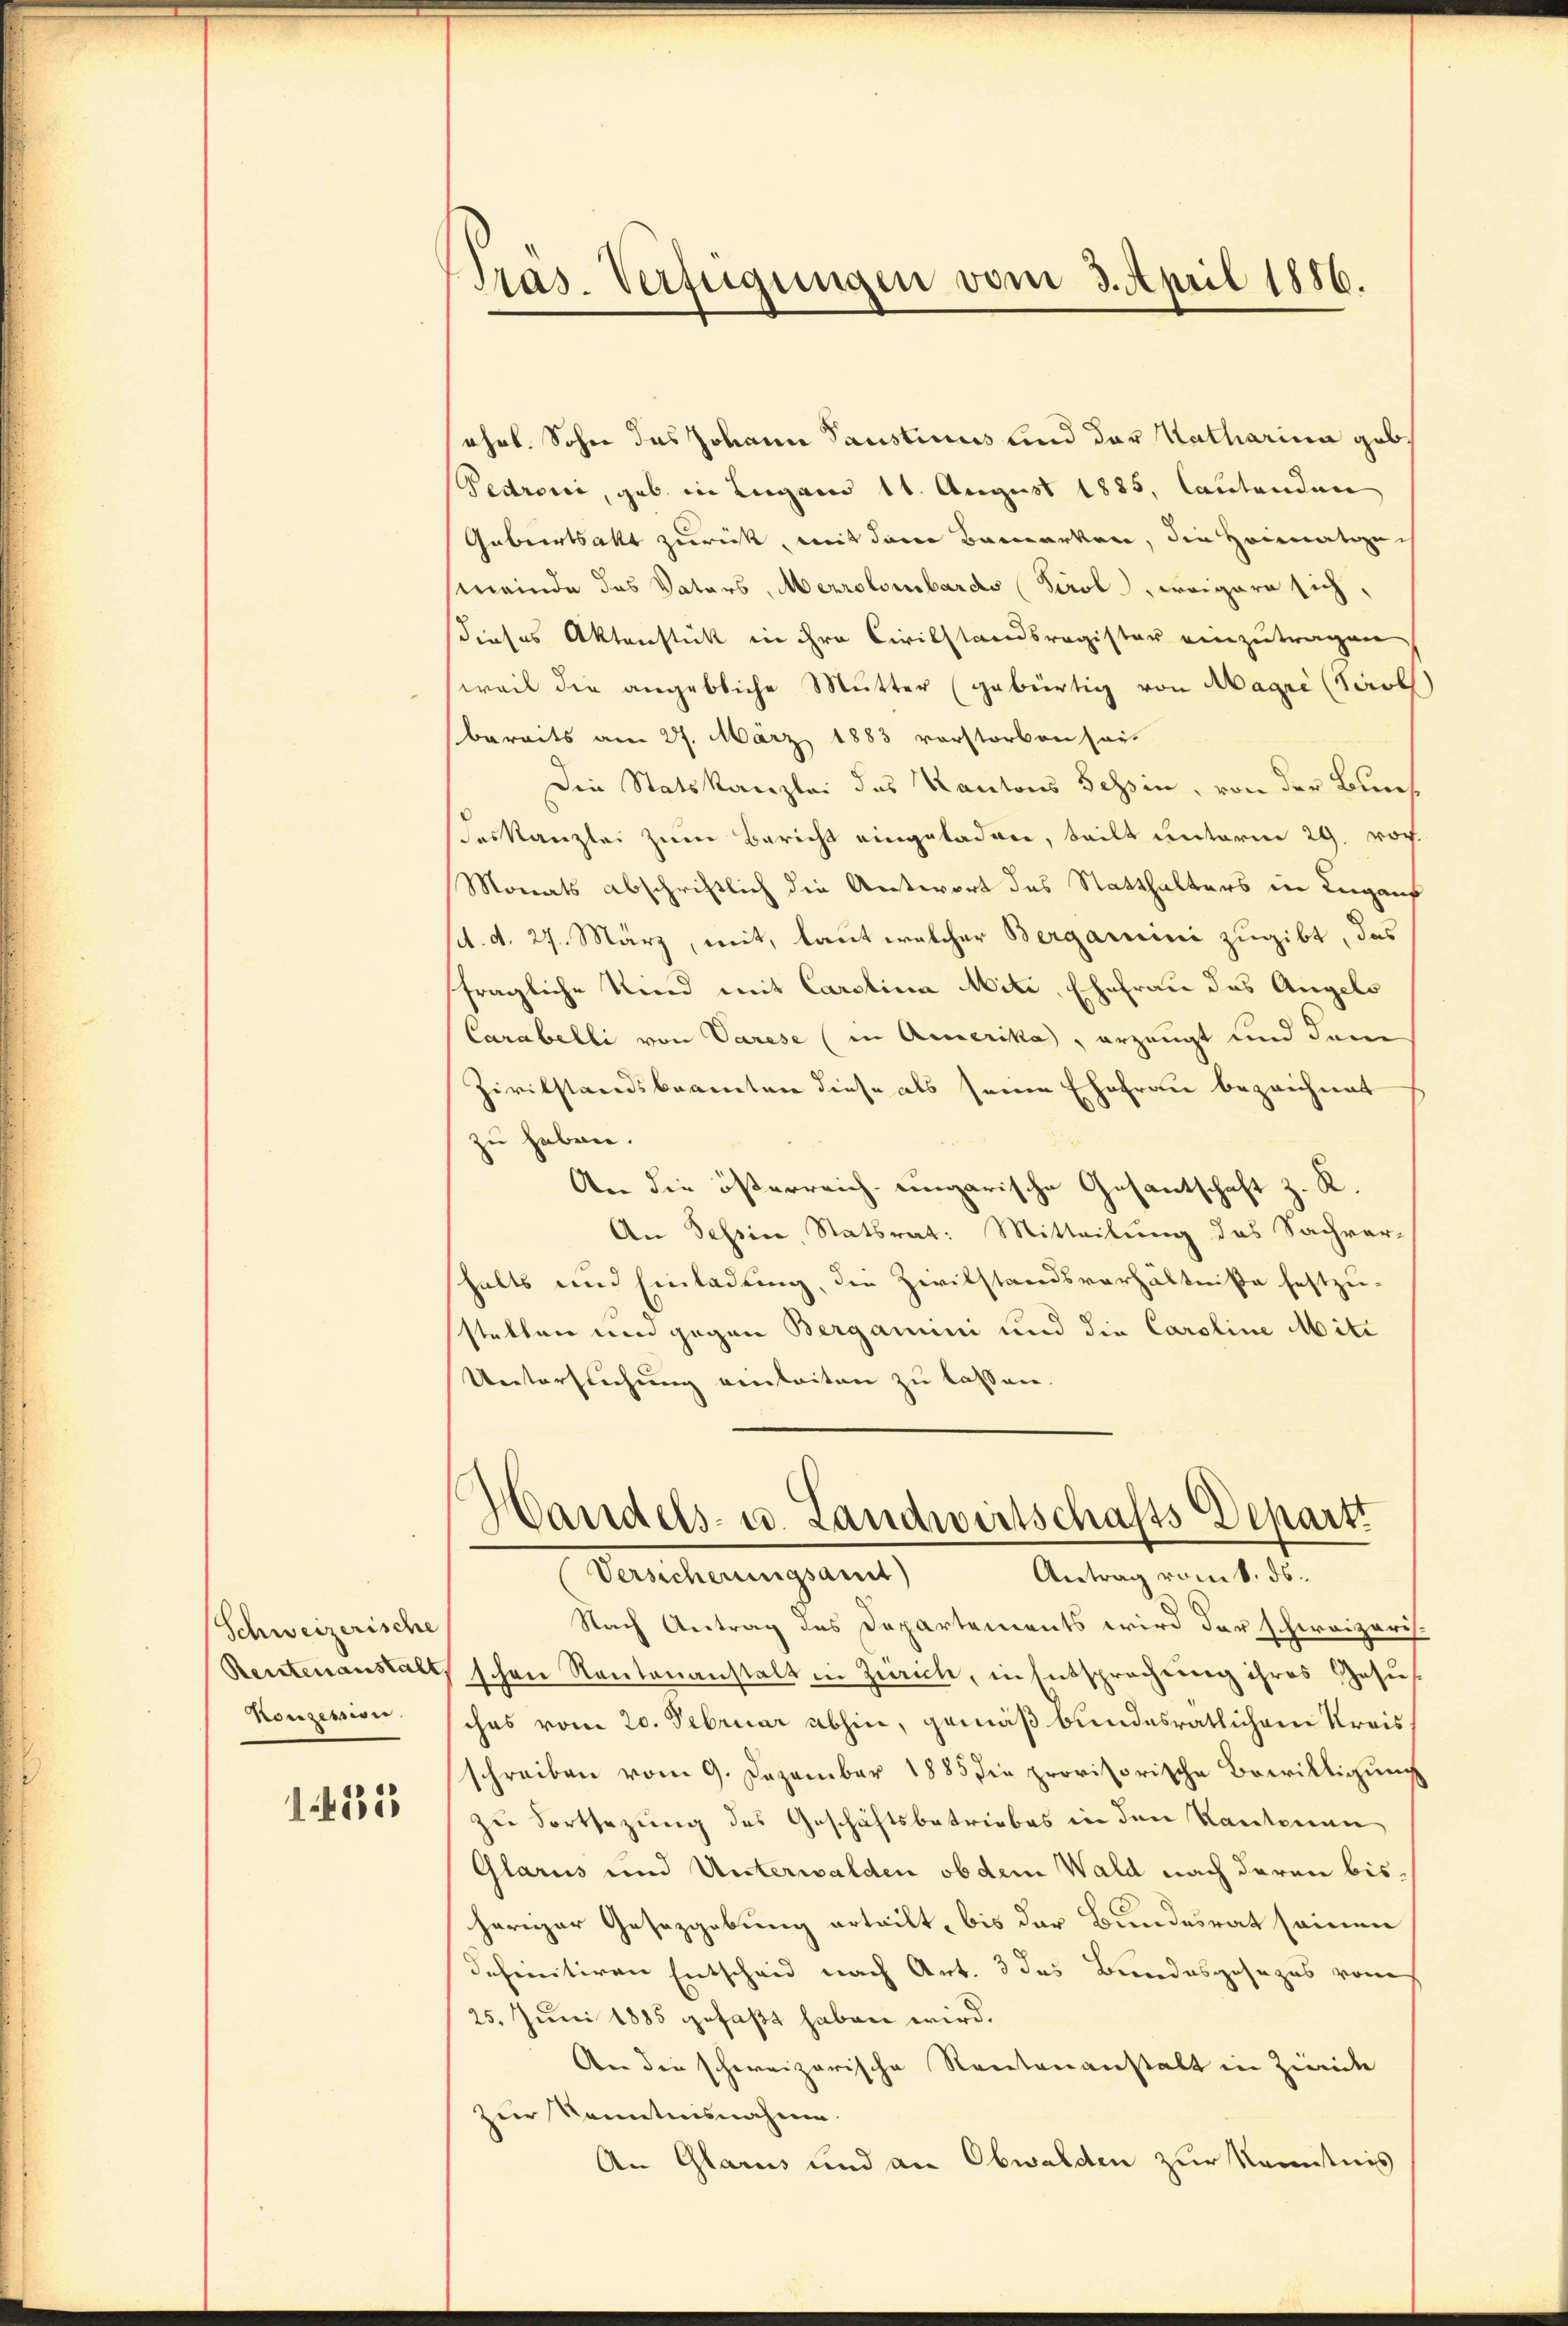
Schweizerische
Reutenanstalt,
Konzession.

12135

Pras. Verfügungen vom 3. April 1886.

ehrt. Sohn das Johann Saustinus lind der Katharina geb
Pedroni, geb. in Lugano 11. August 1885, lautenden
Gabiertsakt zurück, mit dem Bemerken, die Heimatizen
(meinde das Vaters, Merrolombards Tirol, weigern sich,
dieses Aktenstück in ihre Civilstandsregister einzutragen
weil die angebliche Mutter (gebürtig von Magre (Tirol
bereits am 27. März 1883 vorstorben sei.
Die Statskanzlei des Kantons Tessin, von der Buns
deskanzlei zum Bericht eingeladen, teilt unterm 29. Noch
Monats abschriftlich die Antwort des Statthalters in Luganf
d. d. 27. März, mit, laut welcher Bergarini zugibt, das
fragliche Kind mit Carolina Mite, Ehefrau das Angelo
Carabelli von Varese (in Amerika, erzeugt und dem
Zivilstandsbeamten diese als seine Ehefrau bezeichnet
zu haben.
An die österreich-ungarische Gesantschaft z. R.
An Tessin, Statsrat: Mitteilung des Sachver-
shalts und Einladung, die Zivilstandsverhältniße festzu-
stellen und gegen Bergamini und die Caroline Mite
Untersuchung einleiten zu lassen.
Handels- u. Landwirtschafts Depart
Antrag vom 8. ds.
Versicherungsamt
Nach Antrag des Departements wird der schweizeris
schen Rautenanstalt in Zürich, in Entsprechung ihres Gesuch-
ches vom 20. Februar abhin, gemäß bundesratlichem Kreisschreiben vom 9. Dezember 1885 die provisorische Bewilligung
zu Fortsezung des Geschäftsbetriebes in den Kantonen
Glarus und Unterwalden ob dem Wald nach daran bis
heriger Gesetzgebung erteilt, bis der Bundesrat seinen
deheinitiven Entscheid nach Art. 3 das Bundesgesezes von
25. Juni 1885 gefaßt haben wird.
An die schweizerische Rentenanstalt in Zwicke
zur Kenntnisnahme
An Glarus und an Obwalden zur Kenntnis